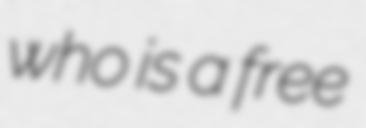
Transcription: who is a free